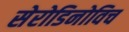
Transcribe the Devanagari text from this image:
सेरोडिनोविच